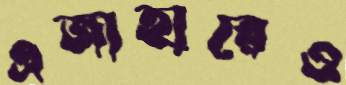
এজাহারেও